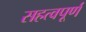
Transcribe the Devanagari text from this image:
सहत्वपूर्ण